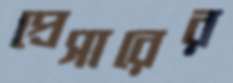
প্রেসারের